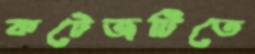
কটেজটিতে